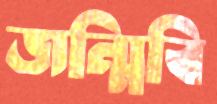
জন্মিবি